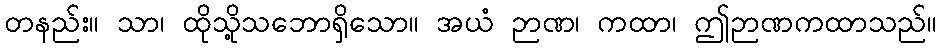
တနည်း။ သာ၊ ထိုသို့သဘောရှိသော။ အယံ ဉာဏ၊ ကထာ၊ ဤဉာဏကထာသည်။